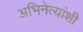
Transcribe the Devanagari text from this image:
अभिनेत्यांशी